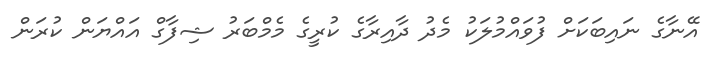
އޭނާގެ ނައިބަކަށް ފުވައްމުލަކު މެދު ދާއިރާގެ ކުރީގެ މެމްބަރު ޝިފާގް އައްޔަން ކުރަން